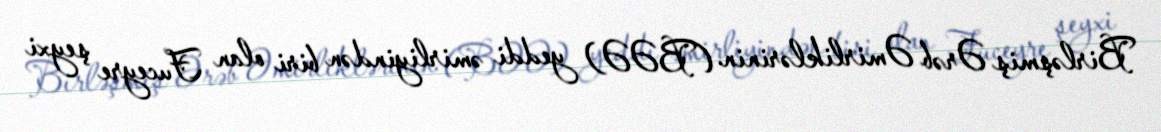
Birləşmiş Ərəb Əmirliklərinin (BƏƏ) yeddi əmirliyindən biri olan Fuceyre şeyxi